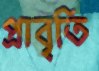
প্রাবৃতি